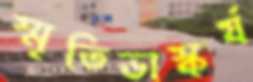
স্মৃতিভাস্কর্য